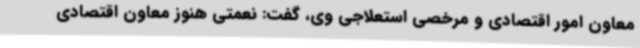
معاون امور اقتصادی و مرخصی استعلاجی وی، گفت: نعمتی هنوز معاون اقتصادی